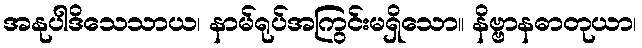
အနုပါဒိသေသာယ၊ နာမ်ရုပ်အကြွင်းမရှိသော။ နိဗ္ဗာနဓာတုယာ၊